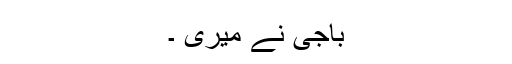
باجی نے میری ۔